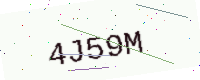
Text: 4J59M